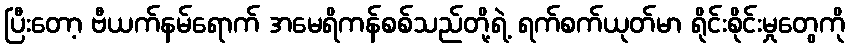
ပြီးတော့ ဗီယက်နမ်ရောက် အမေရိကန်စစ်သည်တို့ရဲ့ ရက်စက်ယုတ်မာ ရိုင်းစိုင်းမှုတွေကို